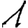
Digit: 1